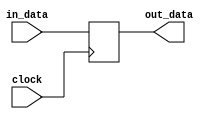
module mem_wb_pipeline_reg(in_data,out_data,clock);
  
  parameter size=76;
  
  input wire [size-1:0] in_data;
  input wire clock;
  output wire [size-1:0] out_data;
  
  reg [size-1:0] mem_wb_reg;
  
  assign out_data=mem_wb_reg;
  
  always@(posedge clock)
  mem_wb_reg=in_data;
  
endmodule